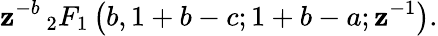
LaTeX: \mathbf{z}^{-b}\, _{2}F_{1}\left(b,1+b-c;1+b-a;\mathbf{z}^{-1}\right).